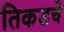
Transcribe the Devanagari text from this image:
तिकडचे